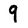
Character: 9